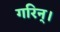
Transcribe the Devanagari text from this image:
गरिन्।